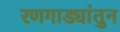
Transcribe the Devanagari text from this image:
रणगाड्यांतुन